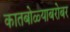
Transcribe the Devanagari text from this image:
कातबोळ्याबरोबर